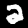
Digit: 2